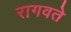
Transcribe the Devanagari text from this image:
रागवते